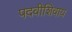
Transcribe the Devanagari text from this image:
पदवीशिवाय